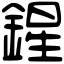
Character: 鍟